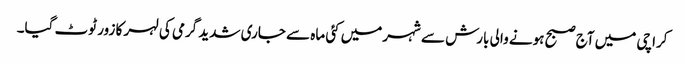
کراچی میں آج صبح ہونے والی بارش سے شہرمیں کئی ماہ سے جاری شدید گرمی کی لہر کا زور ٹوٹ گیا۔